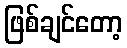
ဖြစ်ချင်တော့